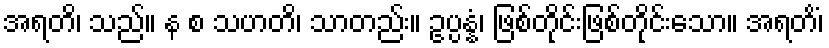
အရတိ၊ သည်။ န စ သဟတိ၊ သာတည်း။ ဥပ္ပန္နံ၊ ဖြစ်တိုင်းဖြစ်တိုင်းသော။ အရတိံ၊